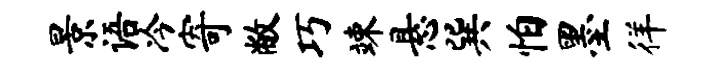
景语冷寄敝巧竦悬巽怕墨徉